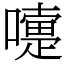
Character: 嚏